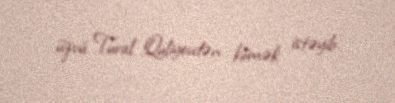
üzvü Tural Quliyevdən kömək istəyib.